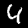
Digit: 4